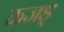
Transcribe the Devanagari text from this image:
ऊजड्